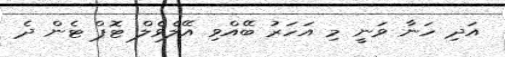
އަދި ހަނާ ވަނީ މި އަހަރު ބޭއްވި އޭލެވެލް ޓޮޕް ޓެން ދެ